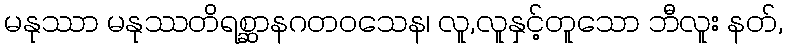
မနုဿာ မနုဿတိရစ္ဆာနဂတဝသေန၊ လူ,လူနှင့်တူသော ဘီလူး နတ်,